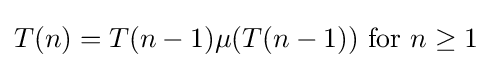
T(n)=T(n-1)\mu (T(n-1)){\text{ for }}n\geq 1